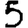
Digit: 5